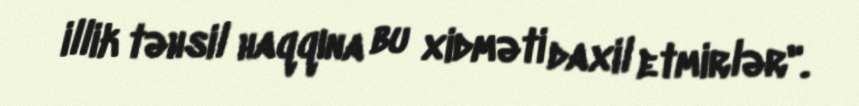
illik təhsil haqqına bu xidməti daxil etmirlər".